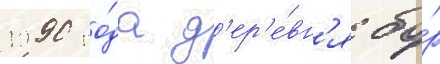
1990 го́да д'ер'е́вн'я бо́р